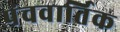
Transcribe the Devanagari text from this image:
पंचवार्तिक